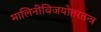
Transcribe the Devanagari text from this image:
मालिनीविजयोत्तरतन्त्र